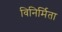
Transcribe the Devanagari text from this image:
विनिर्मिता